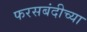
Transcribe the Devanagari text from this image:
फरसबंदीच्या